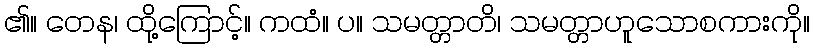
၏။ တေန၊ ထို့ကြောင့်။ ကထံ။ ပ။ သမတ္တာတိ၊ သမတ္တာဟူသောစကားကို။